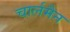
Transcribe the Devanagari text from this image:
चार्लमैन